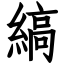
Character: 縞